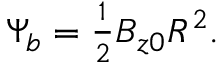
\begin{array} { r } { \Psi _ { b } = \frac { 1 } { 2 } B _ { z 0 } R ^ { 2 } . } \end{array}